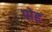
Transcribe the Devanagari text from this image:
पोह